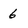
Character: 6